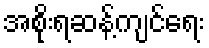
အစိုးရဆန့်ကျင်ရေး